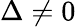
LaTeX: \Delta\neq 0